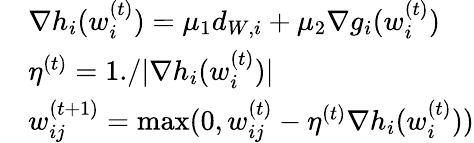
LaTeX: \begin{array}{rl}&{\nabla h_{i}(w_{i}^{(t)})=\mu_{1}d_{W,i}+\mu_{2}\nabla g_{i}(w_{i}^{(t)})}\\ &{\eta^{(t)}=1./|\nabla h_{i}(w_{i}^{(t)})|}\\ &{w_{ij}^{(t+1)}=\operatorname*{max}(0,w_{ij}^{(t)}-\eta^{(t)}\nabla h_{i}(w_{i}^{(t)}))}\end{array}